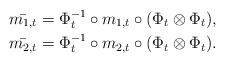
LaTeX: \begin{align*} &\bar{m_{1,t}}=\Phi^{-1}_t\circ m_{1,t}\circ (\Phi_t\otimes\Phi_t),\\ &\bar{m_{2,t}}=\Phi^{-1}_t\circ m_{2,t}\circ (\Phi_t\otimes\Phi_t). \end{align*}